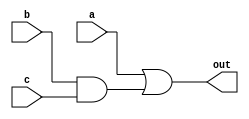
module a_plus_bc(out,a,b,c);
	input a,b,c;
	output out;
	wire g;
	and G1 (g,b,c);
	or G2 (out,a,g);
endmodule